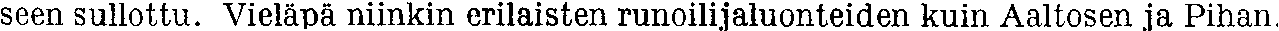
seen sullottu. Vieläpä niinkin erilaisten runoilijaluonteiden kuin Aaltosen ja Pihan.